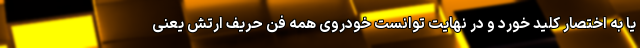
یا به اختصار کلید خورد و در نهایت توانست خودروی همه فن حریف ارتش یعنی